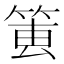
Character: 𥮔